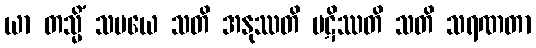
ယာ တသ္မိံ သမယေ သတိ အနုဿတိ ပဋိဿတိ သတိ သရဏတာ